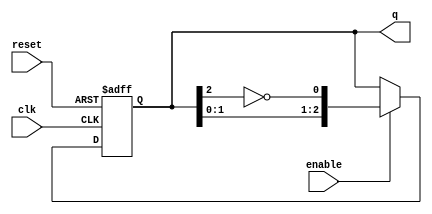
module johnson_counter #(
    parameter N = 3  // Number of stages (flip-flops)
) (
    input wire clk,      // Clock signal
    input wire reset,    // Asynchronous reset signal
    input wire enable,   // Enable signal
    output reg [N-1:0] q // Output state of the counter
);

    // Always block for counter operation
    always @(posedge clk or posedge reset) begin
        if (reset) begin
            q <= 0; // Reset the counter to 0
        end else if (enable) begin
            // Johnson counter logic
            q <= {q[N-2:0], ~q[N-1]}; // Shift left and invert the last bit
        end
    end

endmodule